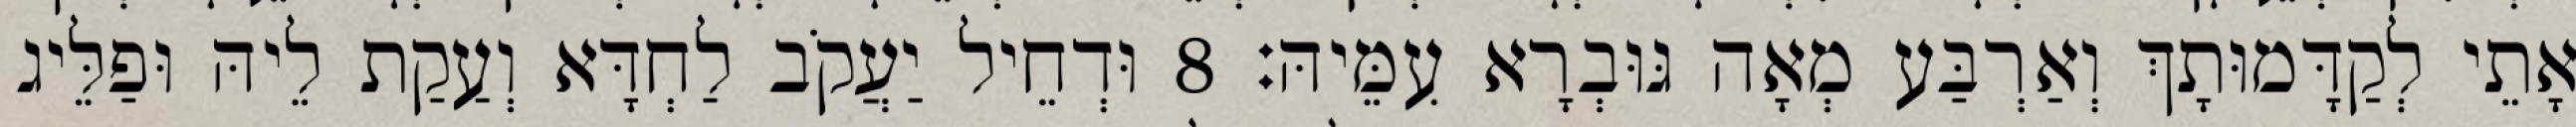
אָתֵי לְקַדָּמוּתָךְ וְאַרְבַּע מְאָה גּוּבְרָא עִמֵּיהּ׃ 8 וּדְחֵיל יַעֲקֹב לַחְדָּא וְעַקַת לֵיהּ וּפַלֵּיג